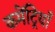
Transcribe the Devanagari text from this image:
कमेंट्रियाँ